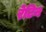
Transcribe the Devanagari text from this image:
रेटिन